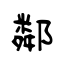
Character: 鄰